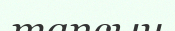
тапсын